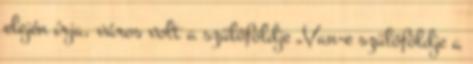
elején írja, város volt a szülőföldje „Van-e szülőföldje a